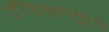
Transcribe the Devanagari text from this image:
टीडब्ल्यूटी